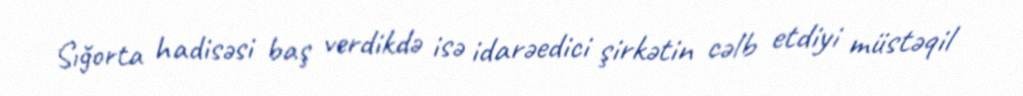
Sığorta hadisəsi baş verdikdə isə idarəedici şirkətin cəlb etdiyi müstəqil